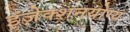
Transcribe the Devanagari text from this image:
इंजेक्शनयोग्य